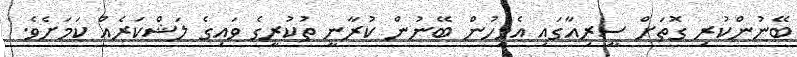
ބޭނުންކުރި ގޮތަށް ސީރިއާގައި އެމީހުން ބޭނުން ކުރާނީ ތުކުރީގެ ވައިގެ ލަޝްކަރެއް ކަމަށެވެ.